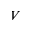
V